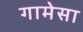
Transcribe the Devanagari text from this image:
गामेसा